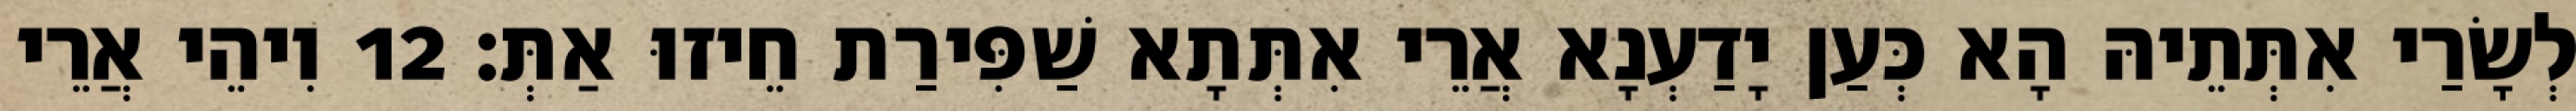
לְשָׂרַי אִתְּתֵיהּ הָא כְּעַן יָדַעְנָא אֲרֵי אִתְּתָא שַׁפִּירַת חֵיזוּ אַתְּ׃ 12 וִיהֵי אֲרֵי